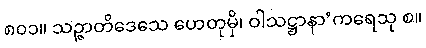
၈၀၁။ သဉ္ဇာတိဒေသေ ဟေတုမှိ၊ ဝါသဋ္ဌာနာ’ကရေသု စ။